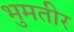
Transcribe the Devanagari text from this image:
भुमतीर